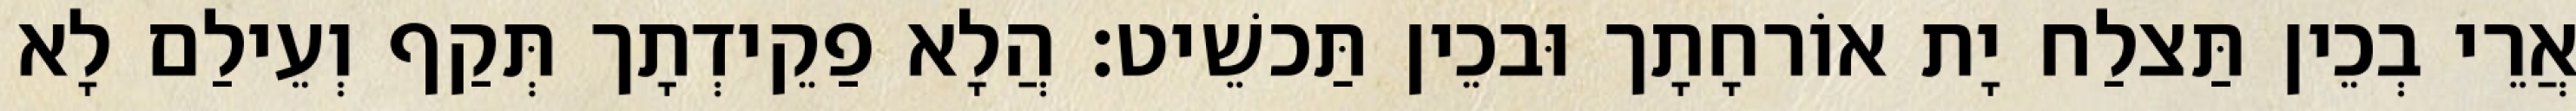
אֲרֵי בְכֵין תַּצלַח יָת אוֹרחָתָך וּבכֵין תַּכשֵׁיט׃ הֲלָא פַקֵידְתָך תְּקַף וְעֵילַם לָא